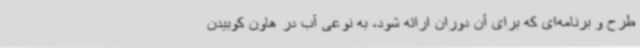
طرح و برنامه‌ای که برای آن دوران ارائه شود، به نوعی آب در هاون کوبیدن